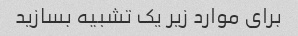
برای موارد زیر یک تشبیه بسازید